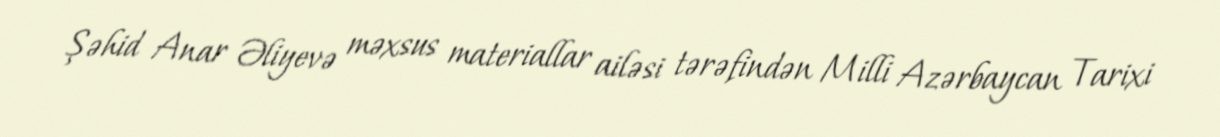
Şəhid Anar Əliyevə məxsus materiallar ailəsi tərəfindən Milli Azərbaycan Tarixi